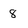
Character: 8